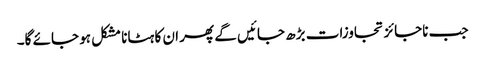
جب ناجائز تجاوزات بڑھ جائیں گے پھر ان کا ہٹانا مشکل ہو جائے گا۔